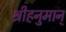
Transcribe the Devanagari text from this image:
श्रीहनुमान्